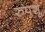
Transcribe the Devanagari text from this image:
रुपशू